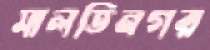
মালতিনগর